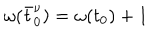
\omega ( \bar { t } _ { 0 } ^ { \nu } ) = \omega ( t _ { 0 } ) + 1